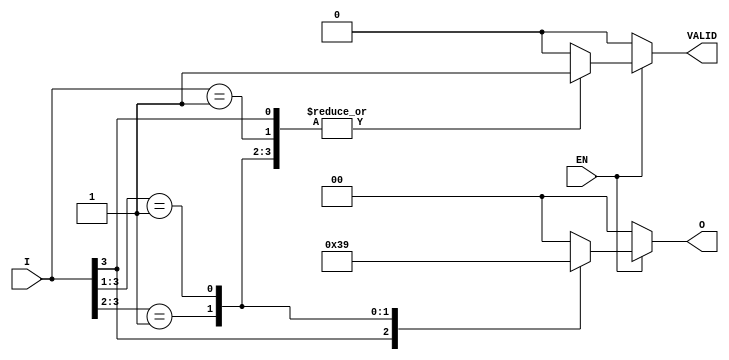
module priority_encoder (
    input wire [3:0] I,  // 4 one-hot encoded inputs
    input wire EN,       // Enable input
    output reg [1:0] O,  // 2-bit binary output (index of the highest priority input)
    output reg VALID      // Output indicating if any input is active
);

    always @(*) begin
        if (EN) begin
            casez (I)   // Use casez to match the one-hot encoding
                4'b1???: begin
                    O = 2'b11; // I3 is high
                    VALID = 1'b1;
                end
                4'b01??: begin
                    O = 2'b10; // I2 is high
                    VALID = 1'b1;
                end
                4'b001?: begin
                    O = 2'b01; // I1 is high
                    VALID = 1'b1;
                end
                4'b0001: begin
                    O = 2'b00; // I0 is high
                    VALID = 1'b1;
                end
                default: begin
                    O = 2'b00; // No inputs active
                    VALID = 1'b0; // No valid input
                end
            endcase
        end else begin
            // When EN is low, the outputs should be defaulted
            O = 2'b00; // Default output
            VALID = 1'b0; // Invalid output
        end
    end

endmodule